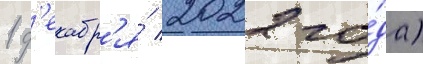
1 д'екабр'я́ 2022 го́да)